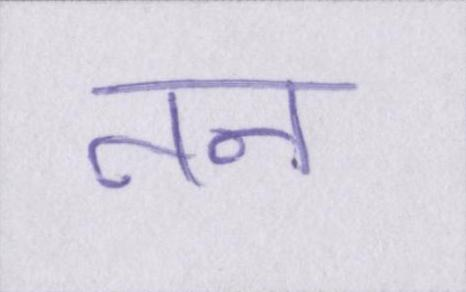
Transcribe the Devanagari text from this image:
तन